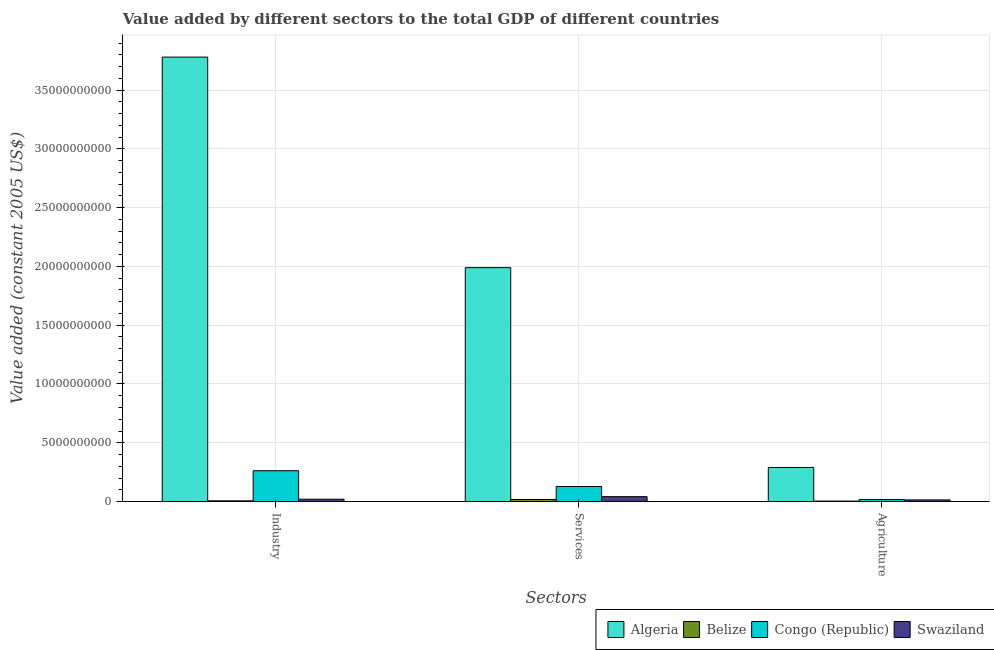
| Sectors | Algeria | Belize | Congo (Republic) | Swaziland |
 | --- | --- | --- | --- | --- |
 | Industry | 3.78e+10 | 6.33e+07 | 2.62e+09 | 1.99e+08 |
 | Services | 1.99e+10 | 1.8e+08 | 1.28e+09 | 4.19e+08 |
 | Agriculture | 2.9e+09 | 3.89e+07 | 1.79e+08 | 1.4e+08 |